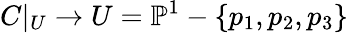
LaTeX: C|_{U}\to U=\mathbb{P}^{1}-\{ p_{1},p_{2},p_{3}\}